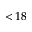
< 1 8